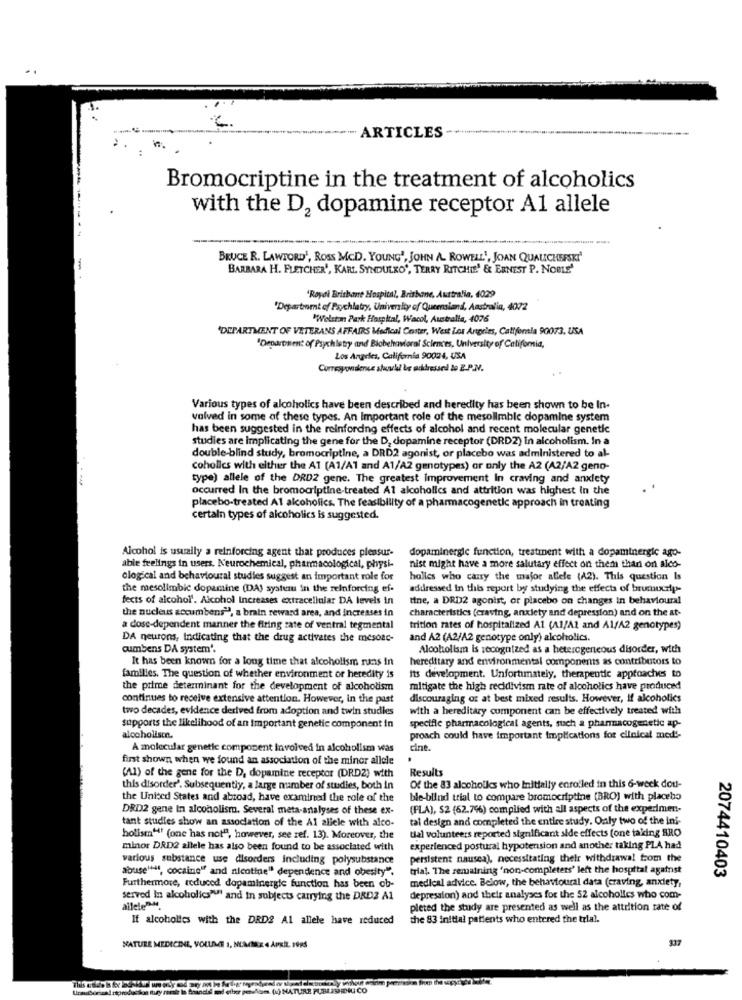
ARTICLES
w
Bromocriptine in the treatment of alcoholics
with the D2 dopamine receptor A1 allele
BRUCE R. LAWFORD', ROSS MCD. YOUNG', JOHN A. ROWEL, JOAN QUALCHEESKI
-
BARBARA H. FLETCHER', KARL SYNDULKO", TERRY RITCHIE' & ERNEST P. NOBLE'
'Royal Brisbane Hospital, Brisbane, Australia, 4029
"Department of Psychiatry, University of Queensland, Australia, 4072
"Wolston Park Hospital, Wacol, Australia, 4076
'DEPARTMENT OF VETERANS AFFAIRS Medical Center, West Los Angeles, California 90073, USA
"Department of Psychiatry and Biobehavioral Sciences, University of California,
Los Angeles, California 90024, USA
Correspondence shuu lul be addressed to E.P.J.
Various types of alcoholics have been described and heredity has been shown to be In-
valved in some of these types. An Important role of the mesollmble dopamine system
has been suggested in the reinforcing effects of alcohol and recent molecular genetic
studies are implicating the gene for the D, dopamine receptor (DRD2) In alcoholism. In a
double-blind study, bromocriptine, a DRD2 agonist, or placebo was administered to al-
coholics with either the A1 (A1/A1 and A1/A2 genotypes) or only the A2 (42/A2 geno-
type) allele of the DRD2 gene. The greatest improvement In craving and anxiety
occurred In the bromocriptine-treated Al alcoholics and attrition was highest In the
placebo-treated Al alcoholics. The feasibility of a pharmacogenetic approach in treating
certain types of alcoholics is suggested.
Alcohol is usually a reinforcing agent that produces pleasur-
dopaminergic function, treatment with a dopaminergic ago-
able feelings in users. Neurochemical, pharmacological, physi-
nist might have a more salutary effect on them than on alco-
ological and behavioural studies suggest an important role for
halles who carry the major allele (42). This question Is
the mesolimbic dopamine (DA) system in the reinforcing ef-
addressed in this report by studying the effects of brunuxzip-
fects of alcohol'. Alcohol Increases extracellular DA levels in
tine, a DRD2 agonist, or placebo on changes in behavioural
the nucleus accumbens", a brain reward area, and increases in
characteristics (craving, anxiety and depression) and on the at-
a dose-dependent manner the firing zate of ventral tegmental
trition rates of hospitalized Al (A1/A2 and A1/A2 genotypes)
DA neurons, indicating that the drug activates the mesoac-
and A2 (A2/A2 genotype only) alcoholics.
cumbens DA system'.
Alcoholism is recognized as a heterogeneous disorder, with
It has been known for a long time that alcoholism runs in
hereditary and environmental components as contributors to
families. The question of whether environment or heredity is
its development. Unfortunately, therapeutic approaches to
the prime determinant for the development of alcoholism
mitigate the high recidivism rate of alcoholics have produced
continues to receive extensive attention. However, in the past
discouraging oz at best mixed results. However, If alcoholics
two decades, evidence derived from adoption and twin studies
with a hereditary component can be effectively treated with
specific pharmacological agents, such a pharmacogenetic ap-
supports the likelihood of an important genetic component in
alcoholismn.
proach could have important Implications for clinical med'-
A molecular genetic composent involved in alcoholism weas
cine.
first shown when we found an association of the minor allele
(A1) of the gene for the D, dopamine receptor (DRD2) with
Results
this disorder'. Subsequently, a large number of studies, both in
Of the 83 alcoholkes who Initially enrolled in this 6-week dou-
the United States and abroad, have examined the role of the
ble-blind trial to compare bromocriptine (BRO) with placebo
DRD2 gene In alcoholismo. Several meta-analyses of these ex-
(PLA), $2 (62.796) complied with all aspects of the experimen-
tant studies show an association of the Al alicle with alco-
tal design and completed the entire study. Only two of the ini-
tial volunteers reported significant side effects (one taking BRO
holism" (one has not", however, see ref. 13). Moreover, the
minor DRD2 allele has also been found to be associated with
experienced postural hypotension and another taking PLA had
various substance use disorders including polysubstance
persistent nausea), necessitating their withdrawal from the
abuse", cocaine" and nicotine" dependence and obesity".
trial. The remaining 'non-completers' left the hospital against
2074410403
medical advice. Below, the behavioural data (craving, anxiety,
Furthermore, reduced dopaminergie function has been ob-
served in alcoholics"ul and in subjects carrying the DRD2 A1
depression) and their analyses for the 52 alcoholles who com-
allele"".
pleted the study are presented as well as the attrition rate of
If alcoholics with the DRD2 Al allele have reduced
the 83 initial patients who entered the trial.
NATURE MEDICINE, VOULGE 1, NUMMER « APRIL, 199S
NATURE